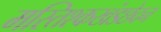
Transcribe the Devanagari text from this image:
मस्तिश्कखंडछेदन